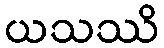
ယသဿိ